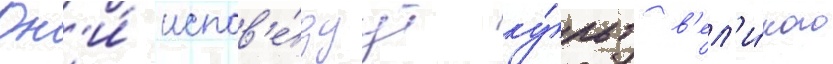
Он'и́ испов'е́дуут ку́льт в'ел'и́кого